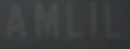
AMLIL